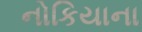
નોકિયાના